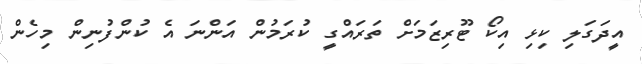
އީދަގަލި ކިޅި އިކޯ ޓޫރިޒަމަށް ތަރައްގީ ކުރަމުން އަންނަ އެ ކުންފުނިން މިހެން